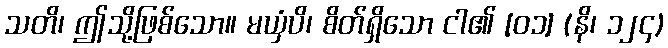
သတိ၊ ဤသို့ဖြစ်သော။ မယှံပိ၊ စိတ်ရှိသော ငါ၏ [၀၁] (နိ၊ ၁၂၄)